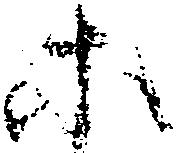
等